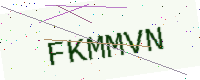
Text: FKMMVN